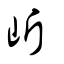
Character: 岓